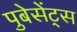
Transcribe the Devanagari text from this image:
पुबेसेंट्स